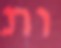
ות